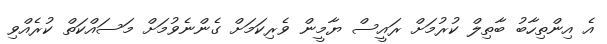
އެ އިންތިހާބު ބާތިލް ކުރުމަށް ރައީސް ޔާމީން ވެރިކަމަށް ގެންނެވުމަށް މަސައްކަތް ކުރެއްވި